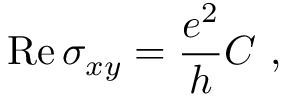
\mathrm { R e } \, \sigma _ { x y } = \frac { e ^ { 2 } } { h } C \ ,